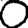
Digit: 0